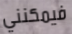
فيمكنني